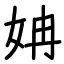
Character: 姌